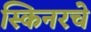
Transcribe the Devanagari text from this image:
स्किनरचे